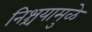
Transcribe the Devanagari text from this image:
निश्चयामुळे